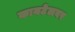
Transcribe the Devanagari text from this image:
कायटेलवर